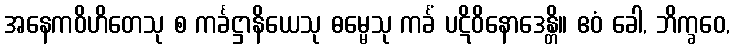
အနေကဝိဟိတေသု စ ကင်္ခဋ္ဌာနိယေသု ဓမ္မေသု ကင်္ခံ ပဋိဝိနောဒေန္တိ။ ဧဝံ ခေါ, ဘိက္ခဝေ,